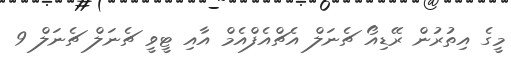
މީގެ އިތުރުން ރޭޑިއޯ ޗެނަލް އެޗްއެފްއެމް އާއި ޓީވީ ޗެނަލް ޗެނަލް 9